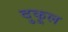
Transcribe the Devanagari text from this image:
दुकूल